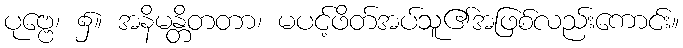
ပုဗ္ဗေ၊ ၌။ အနိမန္တိတတာ၊ မပင့်ဖိတ်အပ်သူ၏အဖြစ်လည်းကောင်း။